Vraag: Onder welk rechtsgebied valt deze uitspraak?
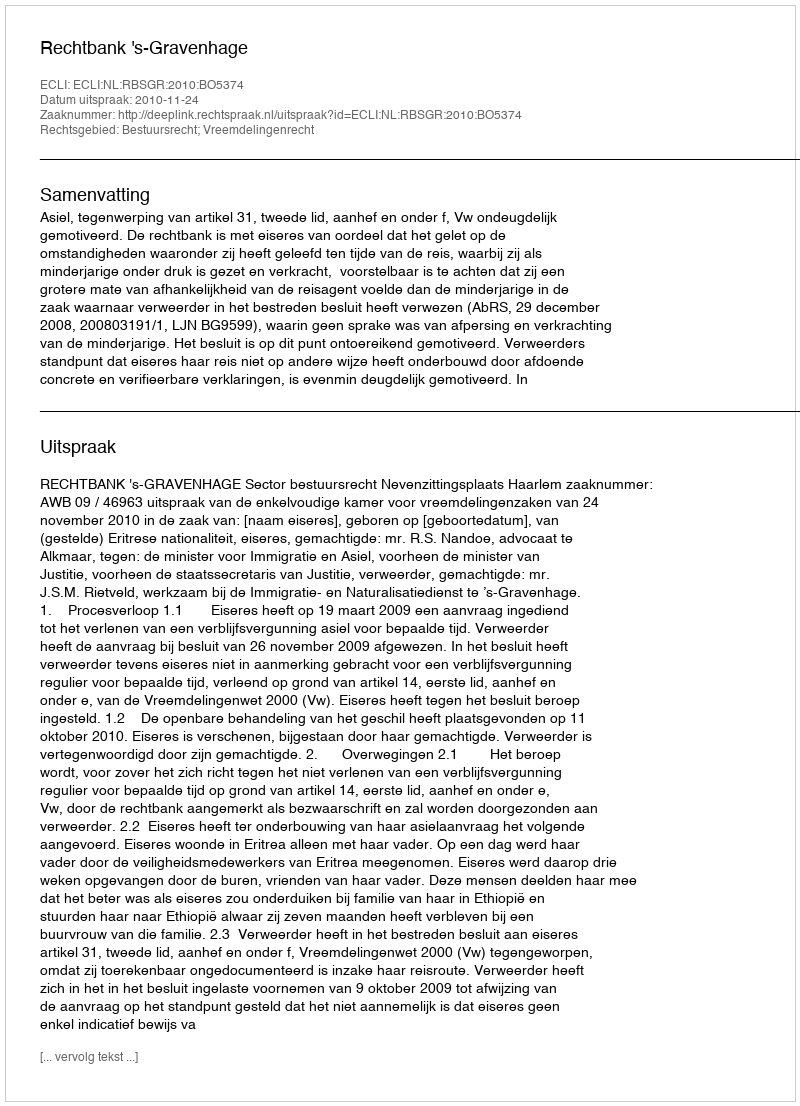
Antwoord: Bestuursrecht; Vreemdelingenrecht